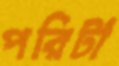
পরিটা